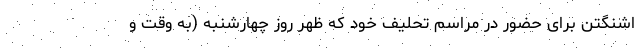
اشنگتن برای حضور در مراسم تحلیف خود که ظهر روز چهارشنبه (به وقت و